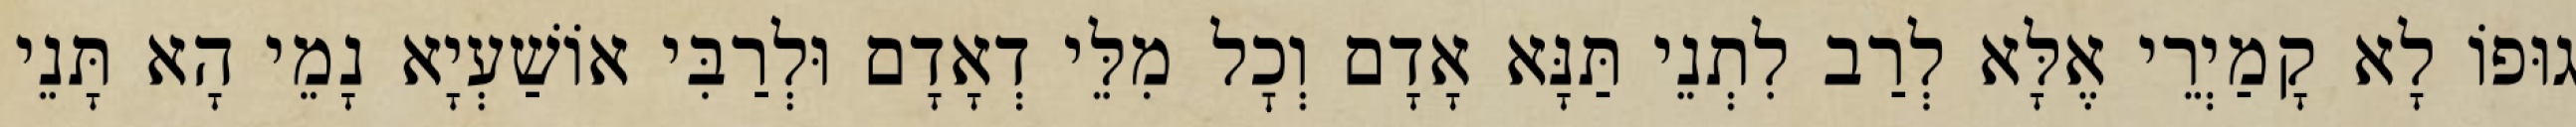
גוּפוֹ לָא קָמַיְרֵי אֶלָּא לְרַב לִתְנֵי תַּנָּא אָדָם וְכׇל מִלֵּי דְאָדָם וּלְרַבִּי אוֹשַׁעְיָא נָמֵי הָא תָּנֵי